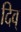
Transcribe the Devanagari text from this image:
दिव्‌